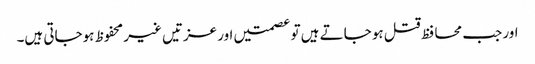
اور جب محا فظ قتل ہو جاتے ہیں تو عصمتیں اور عزتیں غیر محفوظ ہوجاتی ہیں۔